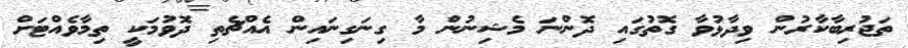
ތަޖުރިބާކާރުން ވިދާޅުވާ ގޮތުގައި ދޮންނަ މެޝިނުން މާ ގިނަގިނައިން އެއްޗެތި ދޮވުމަކީ ތިމާވެއްޓަށް